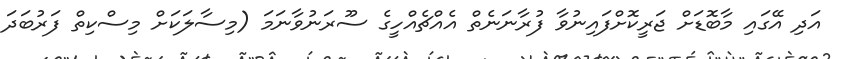
އަދި އޭގައި މާބޮޑަށް ޖަރީކޮށްފައިނުވާ ފުރާނަނެތް އެއްޗެއްހީގެ ސޫރަނުވާނަމަ (މިސާލަކަށް މިސްކިތް ފަރުބަދަ